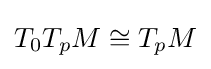
T_{0}T_{p}M\cong T_{p}M